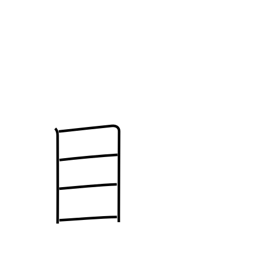
Meaning: care